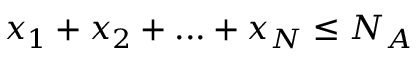
x _ { 1 } + x _ { 2 } + . . . + x _ { N } \leq N _ { A }